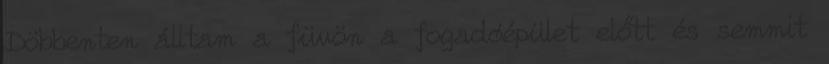
Döbbenten álltam a füvön a fogadóépület előtt és semmit